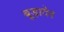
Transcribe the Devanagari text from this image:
बूड़ादेव